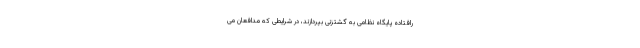
رافتاده پایگاه نظامی به گشتزنی بپردازند، در شرایطی که مدافعان می